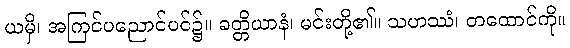
ယမှိ၊ အကြင်ပညောင်ပင်၌။ ခတ္တိယာနံ၊ မင်းတို့၏။ သဟဿံ၊ တထောင်ကို။